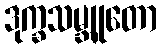
ဒုက္ခသမ္ဘူတော